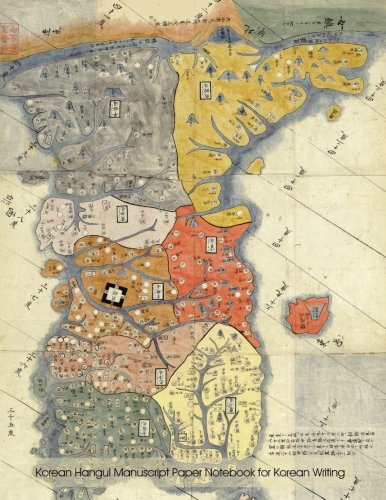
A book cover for Korean Hangul Manuscript Paper Notebook for Korean Writing: Korean hangeul diamond grid paper 200 pages in 8.5"x11" notebook for composition and practising Korean handwriting; Spicy Journals; Reference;